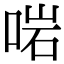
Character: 啱